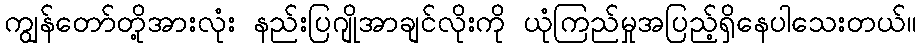
ကျွန်တော်တို့အားလုံး နည်းပြဂျိုအာချင်လိုးကို ယုံကြည်မှုအပြည့်ရှိနေပါသေးတယ်။